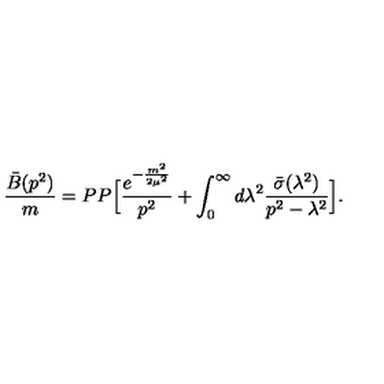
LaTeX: \frac { \bar { B } ( p ^ { 2 } ) } { m } = P P \Big [ { \frac { e ^ { - { \frac { m ^ { 2 } } { 2 \mu ^ { 2 } } } } } { p ^ { 2 } } } + \int _ { 0 } ^ { \infty } d \lambda ^ { 2 } { \frac { \bar { \sigma } ( \lambda ^ { 2 } ) } { p ^ { 2 } - \lambda ^ { 2 } } } \Big ] .